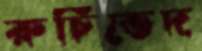
রুচিভেদ